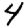
Digit: 4